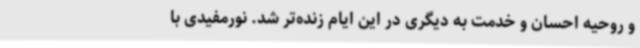
و روحیه احسان و خدمت به دیگری در این ایام زنده‌تر شد. نورمفیدی با